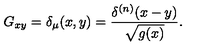
G _ { x y } = \delta _ { \mu } ( x , y ) = { \frac { \delta ^ { ( n ) } ( x - y ) } { \sqrt { g ( x ) } } } .